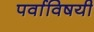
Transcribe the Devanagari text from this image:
पर्वाविषयी